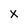
Character: X